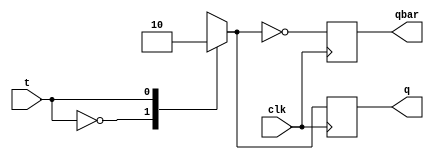
module tff(t,clk,q,qbar);
	input t;
	input clk;
	output q,qbar;
	reg q,qbar;

	always@(negedge clk)
	begin
	case(t)
		1'b0:
			q = 1;

		1'b1:
			q=0;
	endcase
	qbar = ~q;
	end 
endmodule

module test;
	reg t;
	reg clk;
	integer i;
	wire q,qbar;

	tff s(t,clk,q,qbar);
	initial 
	begin
	$display("t flip flop");
	$monitor("%b %b \t %b %b",t,clk, q,qbar);
	$dumpfile("vc/TFlipFlop.vcd");
	$dumpvars(1,test);

		t = 0;
		#10
		t = 1;
		#10

		t = 0;
		#10
		t = 1;
		#10
	$finish;
	end

	initial begin
		clk = 0;
		for(i=0;i<20;i=i+1)
			#2 clk = ~clk;

	end
 
endmodule